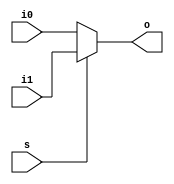
module mux_2to1_64(o, s, i0, i1);
	input s;
	input [63:0] i0, i1;
	output [63:0] o;
	
	assign o = s ? i1 : i0;
endmodule